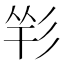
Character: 𢒑